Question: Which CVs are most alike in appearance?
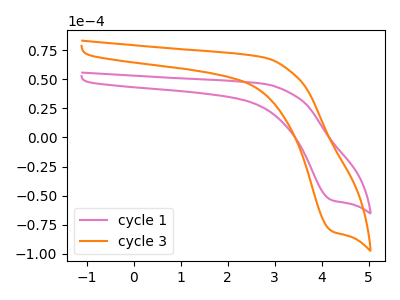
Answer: <think>The pink curve "cycle 1" has a cathodic peak at: (4.20V, -53.95uA). The orange curve "cycle 3" has a cathodic peak at: (4.20V, -80.60uA).
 All the peaks in "cycle 1" have a peak in "cycle 3" at the same potential. Every peak in "cycle 1" is lower than every peak in "cycle 3".</think>
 <answer>"cycle 1" and "cycle 3" have the same shape and are likely CV's of the same chemical.</answer>
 <eval>"cycle 1" "cycle 3"</eval>